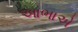
આભાએ